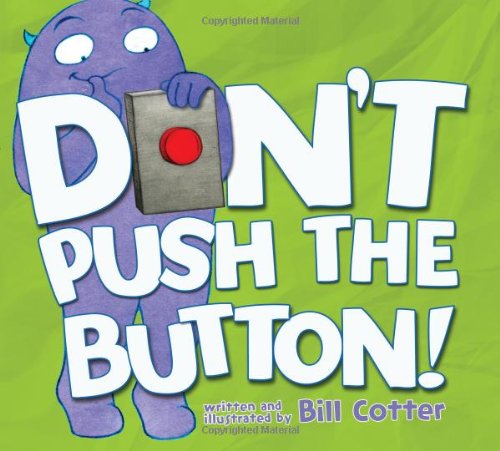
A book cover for Don't Push the Button!; Bill Cotter; Children's Books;